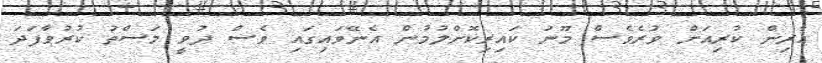
އާރިން ކުރިއަށް ވުރެވެސް މޫނު ކައިރިކޮށްލުމުން އެނޭވައިގައި ވެސް ދުވީ މަސްތު ކުރުވާފަދަ